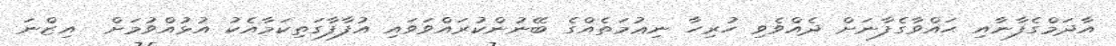
އާދަމްގެފާނާއި ޙައްވާގެފާނަށް ދެއްވެވި ހުރިހާ ނިޢުމަތެއްގެ ބޭނުންކުރައްވަވައި އުފާފާގަތިކަމާއެކު އުޅުއްވުމަށް  އިޒްނަ